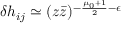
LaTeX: \delta h _ { i j } \simeq ( z \bar { z } ) ^ { - \frac { \mu _ { 0 } + 1 } { 2 } - \epsilon }